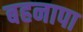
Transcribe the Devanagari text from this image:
बहनापा